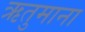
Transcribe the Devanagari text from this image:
ऋतुमाना